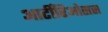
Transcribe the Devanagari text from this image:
आर्टीरिओसस